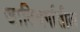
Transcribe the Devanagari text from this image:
जातिवर्गातील